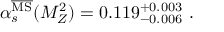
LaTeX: { \alpha } _ { s } ^ { { \overline { { \mathrm { M S } } } } } ( M _ { Z } ^ { 2 } ) = 0 . 1 1 9 _ { - 0 . 0 0 6 } ^ { + 0 . 0 0 3 } \ .